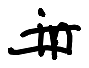
Text: in
Cross-out: double-line
Writing tool: digital_black